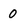
Character: 0